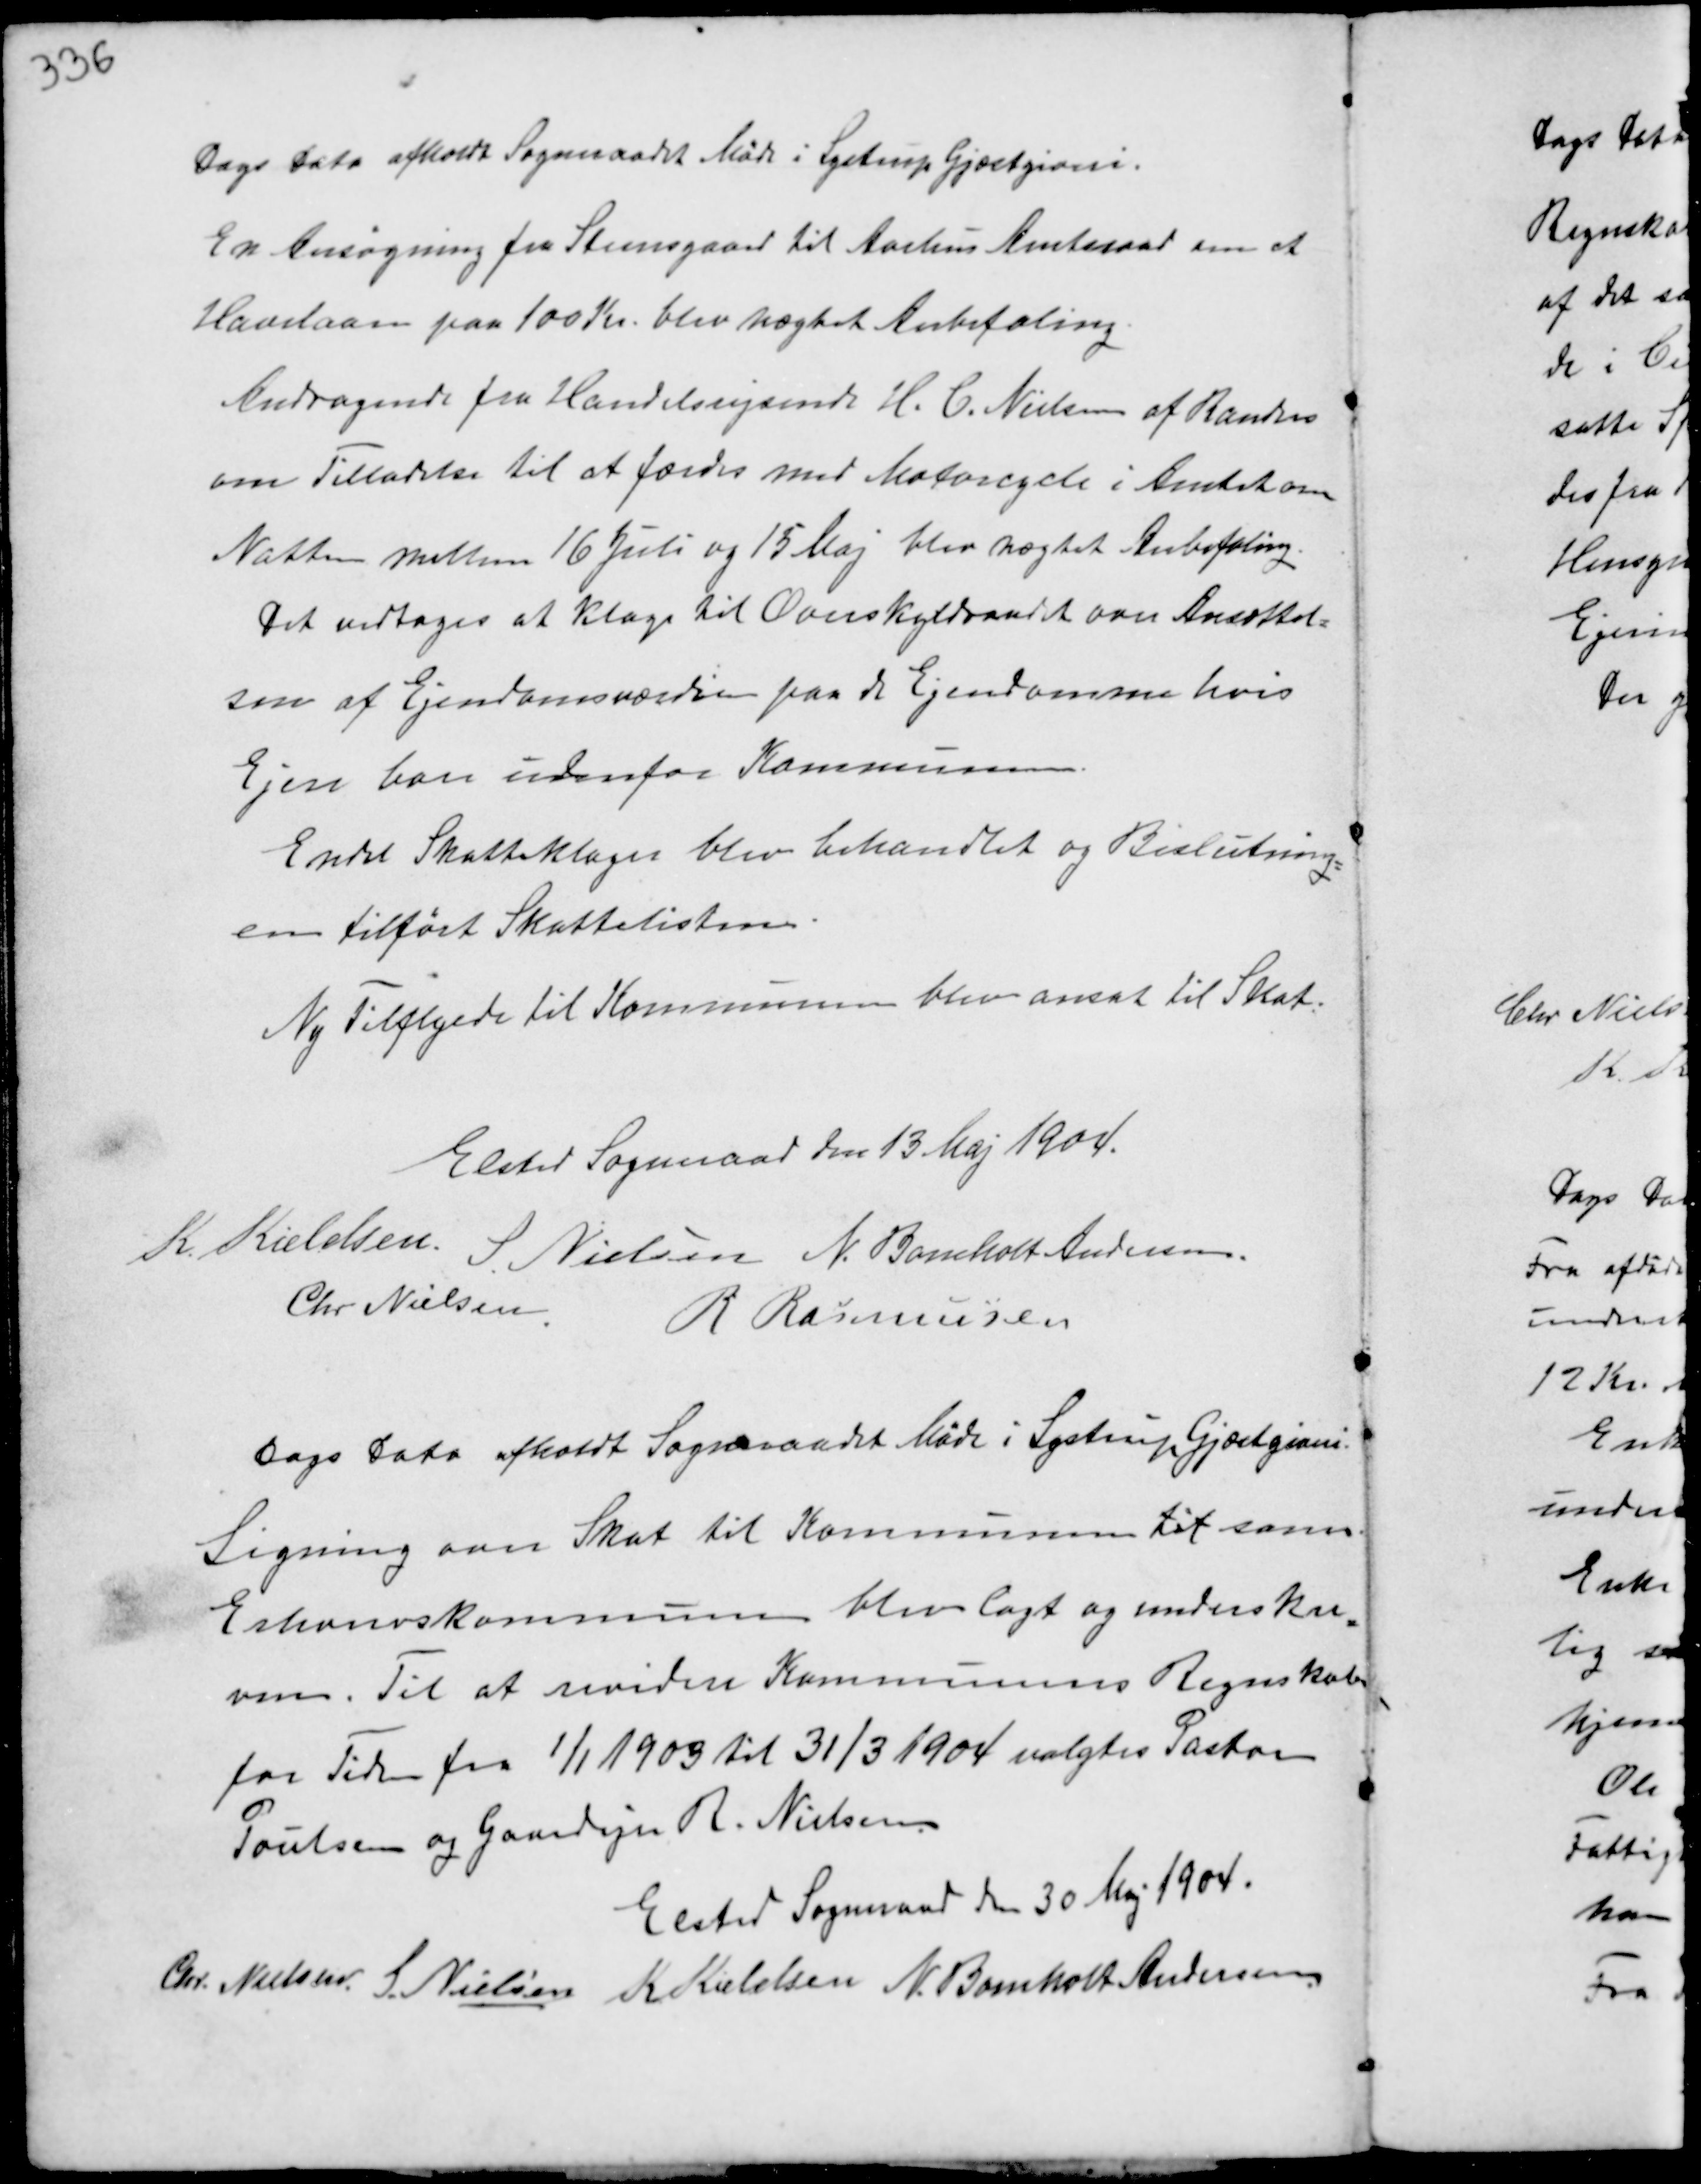
Transskription:
Dags Dato afholdt Sogneraadet Møde i Lystrup Gjæstgiveri.
En Ansøgning fra Steensgaard til Aarhus Amtsraad om et
Havelaan paa 100 Kr. blev nægtet Anbefaling.
Andragende fra Handelsrejsende H.C. Nielsen af Randers
om Tilladelse til at færdes med Motorcykle i Amtet om
Natten mellem 16 Juli og 15 Maj blev nægtet Anbefaling.
Det vedtoges at Klage til Overskyldsraadet over Ansættel-
sen af Ejendomsværdien paa de Ejendomme hvis
Ejere bor indenfor Kommunen.
Endst Skatteklager blev behandlet og Beslutning-
en tilført Skattelisten.
Ny Tilflyede til Kommunen blev ansat til Skat.

Elsted Sogneraad den 13 Maj 1904.
K. Kieldsen.
S Nielsen N. Bomholt Andersen
Chr. Nielsen
R Rasmussen

Dags Dato afholdt Sogneraadet Møde i Lystrup Gjæstgiveri.
Ligning over Skat til Kommunen til som
Erhvervskommunen blev lagt og underskre-
ven. Til at revidere Kommunens Regnskab
for Tiden 1/1 1903 til 31/3 1904 valgtes Pastor
Poulsen og Gaardejer R. Nielsen.

Elsted Sogneraad den 30 Maj 1904.
Chr. Nielsen S. Nielsen K Kieldsen
N. Bomholt Andersen